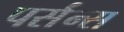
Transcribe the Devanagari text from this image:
पर्संन्स